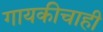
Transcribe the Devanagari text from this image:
गायकीचाही